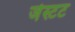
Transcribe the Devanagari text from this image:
जेस्टट